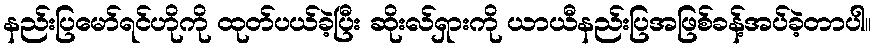
နည်းပြမော်ရင်ဟိုကို ထုတ်ပယ်ခဲ့ပြီး ဆိုးလ်ရှားကို ယာယီနည်းပြအဖြစ်ခန့်အပ်ခဲ့တာပါ။